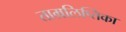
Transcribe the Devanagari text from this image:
ताम्रलिप्तिका